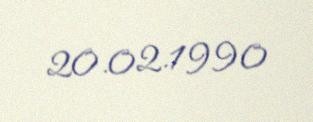
20.02.1990